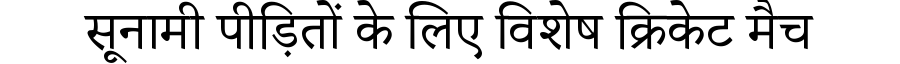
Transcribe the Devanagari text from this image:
सूनामी पीड़ितों के लिए विशेष क्रिकेट मैच